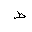
Letter: _da